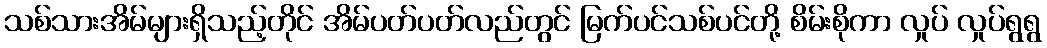
သစ်သားအိမ်များရှိသည့်တိုင် အိမ်ပတ်ပတ်လည်တွင် မြက်ပင်သစ်ပင်တို့ စိမ်းစိုကာ လှုပ် လှုပ်ရွရွ